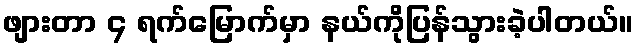
ဖျားတာ ၄ ရက်မြောက်မှာ နယ်ကိုပြန်သွားခဲ့ပါတယ်။